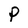
Character: P